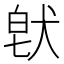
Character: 𤟀